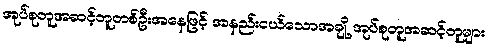
အုပ်စုတူအဆင့်တူတစ်ဦးအနေဖြင့် အနည်းငယ်သောအချို့ အုပ်စုတူအဆင့်တူများ